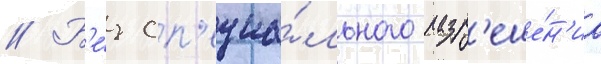
// Б'е́з сп'ециа́льного разр'еше́н'иа